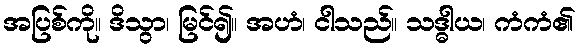
အပြစ်ကို။ ဒိသွာ၊ မြင်၍။ အဟံ၊ ငါသည်။ သဒ္ဓါယ၊ ကံကံ၏